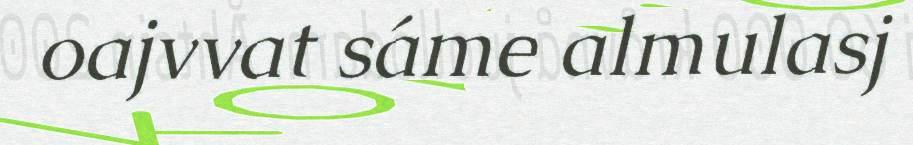
oajvvat sáme almulasj